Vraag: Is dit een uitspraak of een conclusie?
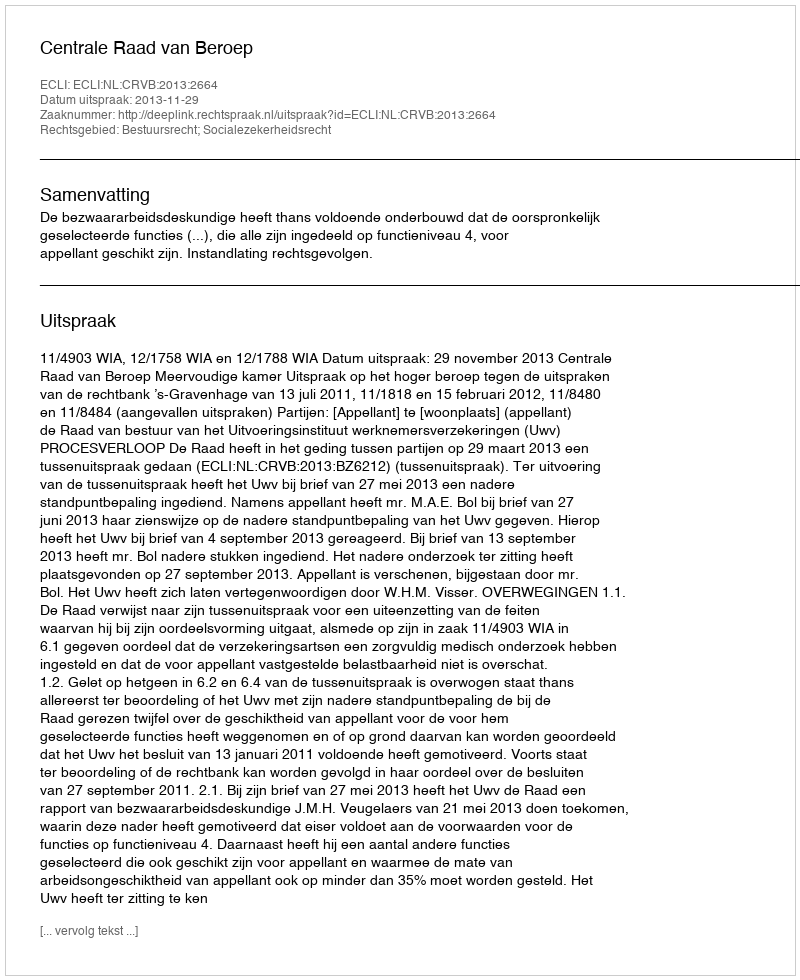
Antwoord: Uitspraak